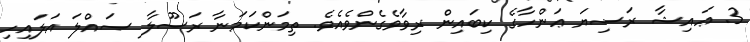
3. ޢައިޝާ ރަޟިޔަ ޢަންހާގެ ކިބައިން ރިވާވެގެންވެއެވެ. ތިމަންކަމަނާ ރަސޫލާ ޞައްލަ އަލައިހި